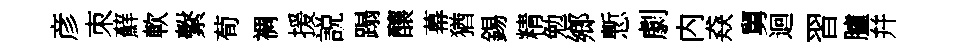
彦朿蘚軟繫荀裯援説蹋釀幕猶錫精勉鄉慙劇内猋舅迴習臚幷